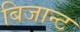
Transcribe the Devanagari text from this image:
बिजान्ट